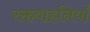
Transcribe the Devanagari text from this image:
रक्तवाहनियाँ